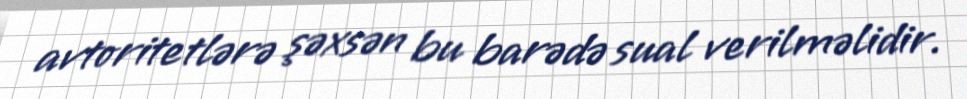
avtoritetlərə şəxsən bu barədə sual verilməlidir.